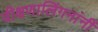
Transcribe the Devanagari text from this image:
वीक्षणालिंगनांनीं